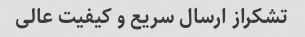
تشکراز ارسال سریع و کیفیت عالی